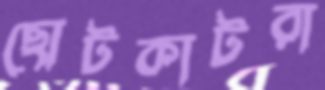
ছোটকাটরা